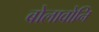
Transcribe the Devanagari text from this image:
बोलावोनि